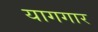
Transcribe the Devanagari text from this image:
यागगार